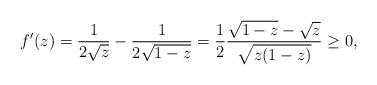
LaTeX: \begin{align*}f'(z) = \frac{1}{2 \sqrt{z}} - \frac{1}{2 \sqrt{1 -z} } = \frac{1}{2} \frac{\sqrt{1 - z} - \sqrt{z}} {\sqrt{z(1-z)}} \geq 0,\end{align*}